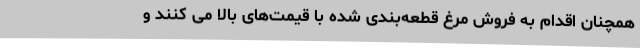
همچنان اقدام به فروش مرغ قطعه‌بندی شده با قیمت‌های بالا می کنند و